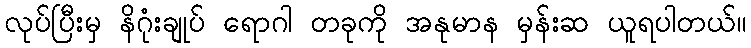
လုပ်ပြီးမှ နိဂုံးချုပ် ရောဂါ တခုကို အနုမာန မှန်းဆ ယူရပါတယ်။